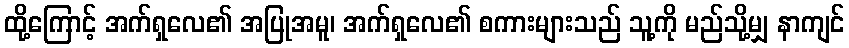
ထို့ကြောင့် အက်ရှလေ၏ အပြုအမူ၊ အက်ရှလေ၏ စကားများသည် သူ့ကို မည်သို့မျှ နာကျင်